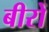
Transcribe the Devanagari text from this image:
बीरों